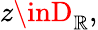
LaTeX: z\inD_{\mathbb{R}},